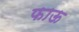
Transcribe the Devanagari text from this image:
फाऊ